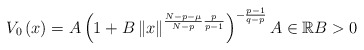
\begin{align*}V_{0}\left( x\right) =A\left( 1+B\left\Vert x\right\Vert ^{\frac{N-p-\mu}{N-p}\frac{p}{p-1}}\right) ^{-\frac{p-1}{q-p}}A\in\mathbb{R}B>0\end{align*}